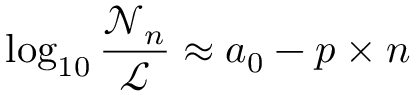
\log _ { 1 0 } \frac { \mathscr { N } _ { n } } { \mathscr { L } } \approx a _ { 0 } - p \times n